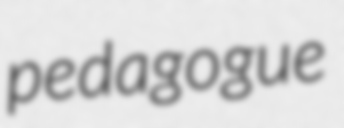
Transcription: pedagogue